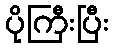
ပိုကြီးပြီး